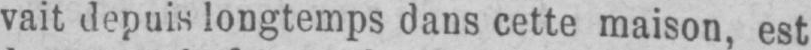
vait depuis longtemps dans cette maison, est